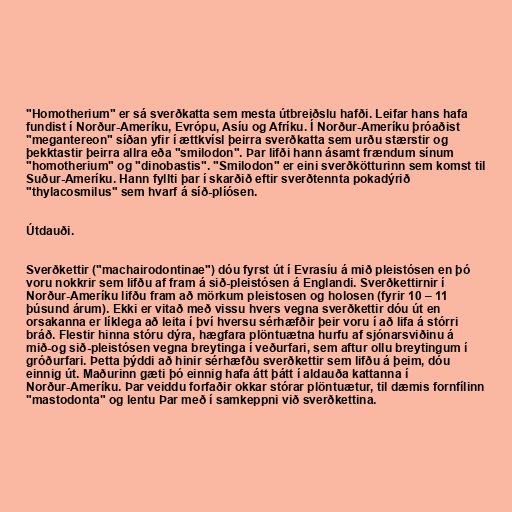
"Homotherium" er sá sverðkatta sem mesta útbreiðslu hafði. Leifar hans hafa
fundist í Norður-Ameríku, Evrópu, Asíu og Afríku. Í Norður-Ameríku þróaðist
"megantereon" síðan yfir í ættkvísl þeirra sverðkatta sem urðu stærstir og
þekktastir þeirra allra eða "smilodon". Þar lifði hann ásamt frændum sínum
"homotherium" og "dinobastis". "Smilodon" er eini sverðkötturinn sem komst til
Suður-Ameríku. Hann fyllti þar í skarðið eftir sverðtennta pokadýrið
"thylacosmilus" sem hvarf á síð-plíósen.

Útdauði.

Sverðkettir ("machairodontinae") dóu fyrst út í Evrasíu á mið pleistósen en þó
voru nokkrir sem lifðu af fram á sið-pleistósen á Englandi. Sverðkettirnir í
Norður-Ameríku lifðu fram að mörkum pleistosen og holosen (fyrir 10 – 11
þúsund árum). Ekki er vitað með vissu hvers vegna sverðkettir dóu út en
orsakanna er líklega að leita í því hversu sérhæfðir þeir voru í að lifa á stórri
bráð. Flestir hinna stóru dýra, hægfara plöntuætna hurfu af sjónarsviðinu á
mið-og sið-pleistósen vegna breytinga í veðurfari, sem aftur ollu breytingum í
gróðurfari. Þetta þýddi að hinir sérhæfðu sverðkettir sem lifðu á þeim, dóu
einnig út. Maðurinn gæti þó einnig hafa átt þátt í aldauða kattanna í
Norður-Ameríku. Þar veiddu forfaðir okkar stórar plöntuætur, til dæmis fornfílinn
"mastodonta" og lentu Þar með í samkeppni við sverðkettina.